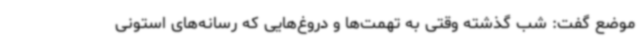
موضع گفت: شب گذشته وقتی به تهمت‌ها و دروغ‌هایی که رسانه‌های استونی